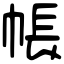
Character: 帳